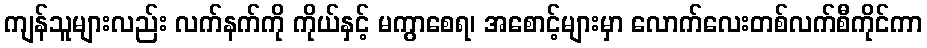
ကျန်သူများလည်း လက်နက်ကို ကိုယ်နှင့် မကွာစေရ၊ အစောင့်များမှာ လောက်လေးတစ်လက်စီကိုင်ကာ